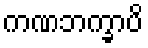
ကဏဘက္ခာပိ